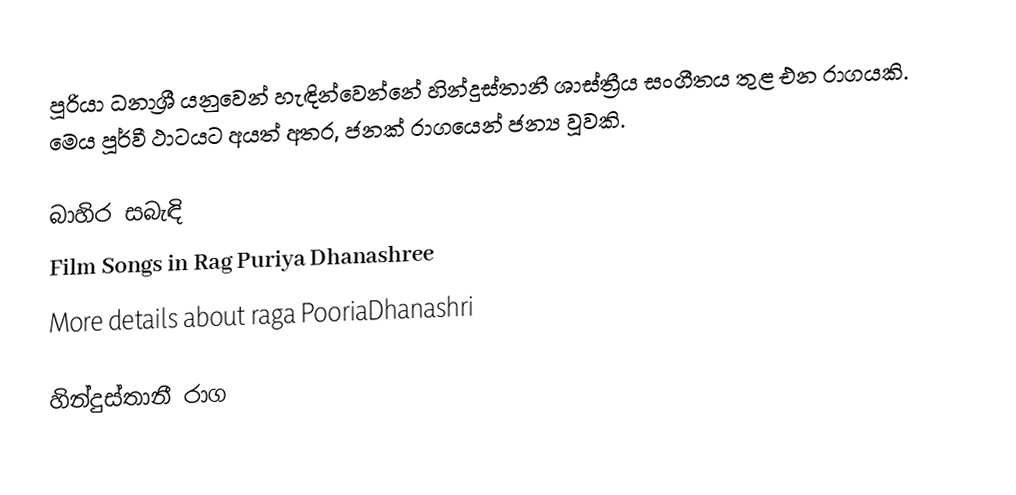
පූරියා ධනාශ්‍රී යනුවෙන් හැඳින්වෙන්නේ හින්දුස්තානී ශාස්ත්‍රීය සංගීතය තුළ එන රාගයකි. මෙය පූර්වී ථාටයට අයත් අතර, ජනක් රාගයෙන් ජන්‍ය වූවකි.

බාහිර සබැඳි
Film Songs in Rag Puriya Dhanashree
 More details about raga PooriaDhanashri

හින්දුස්තානී රාග